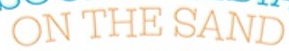
ON THE SAND